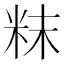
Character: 粖